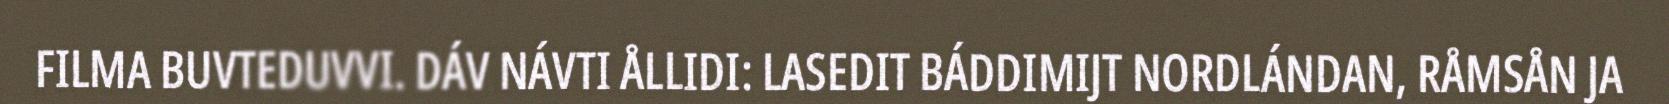
FILMA BUVTEDUVVI. DÁV NÁVTI ÅLLIDI: LASEDIT BÁDDIMIJT NORDLÁNDAN, RÅMSÅN JA